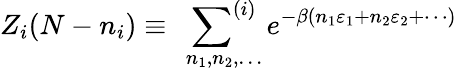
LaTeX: Z_{i}(N-n_{i})\equiv\ \sideset{}{^{(i)}}\sum_{n_{1},n_{2},\ldots}e^{-\beta(n_{1}\varepsilon_{1}+n_{2}\varepsilon_{2}+\cdots)}